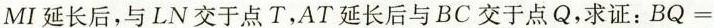
MI延长后，与LN交于点T，AT延长后与BC交于点Q，求证：BQ=